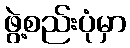
ဖွဲ့စည်းပုံမှာ